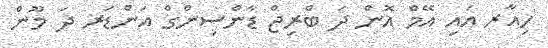
ހިއާރ އަައި އޭމް އޮން ދަ ބްރިޖް ޑާންސިންގް އަންޑަރ ދަ މޫން